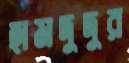
হামদুদুর